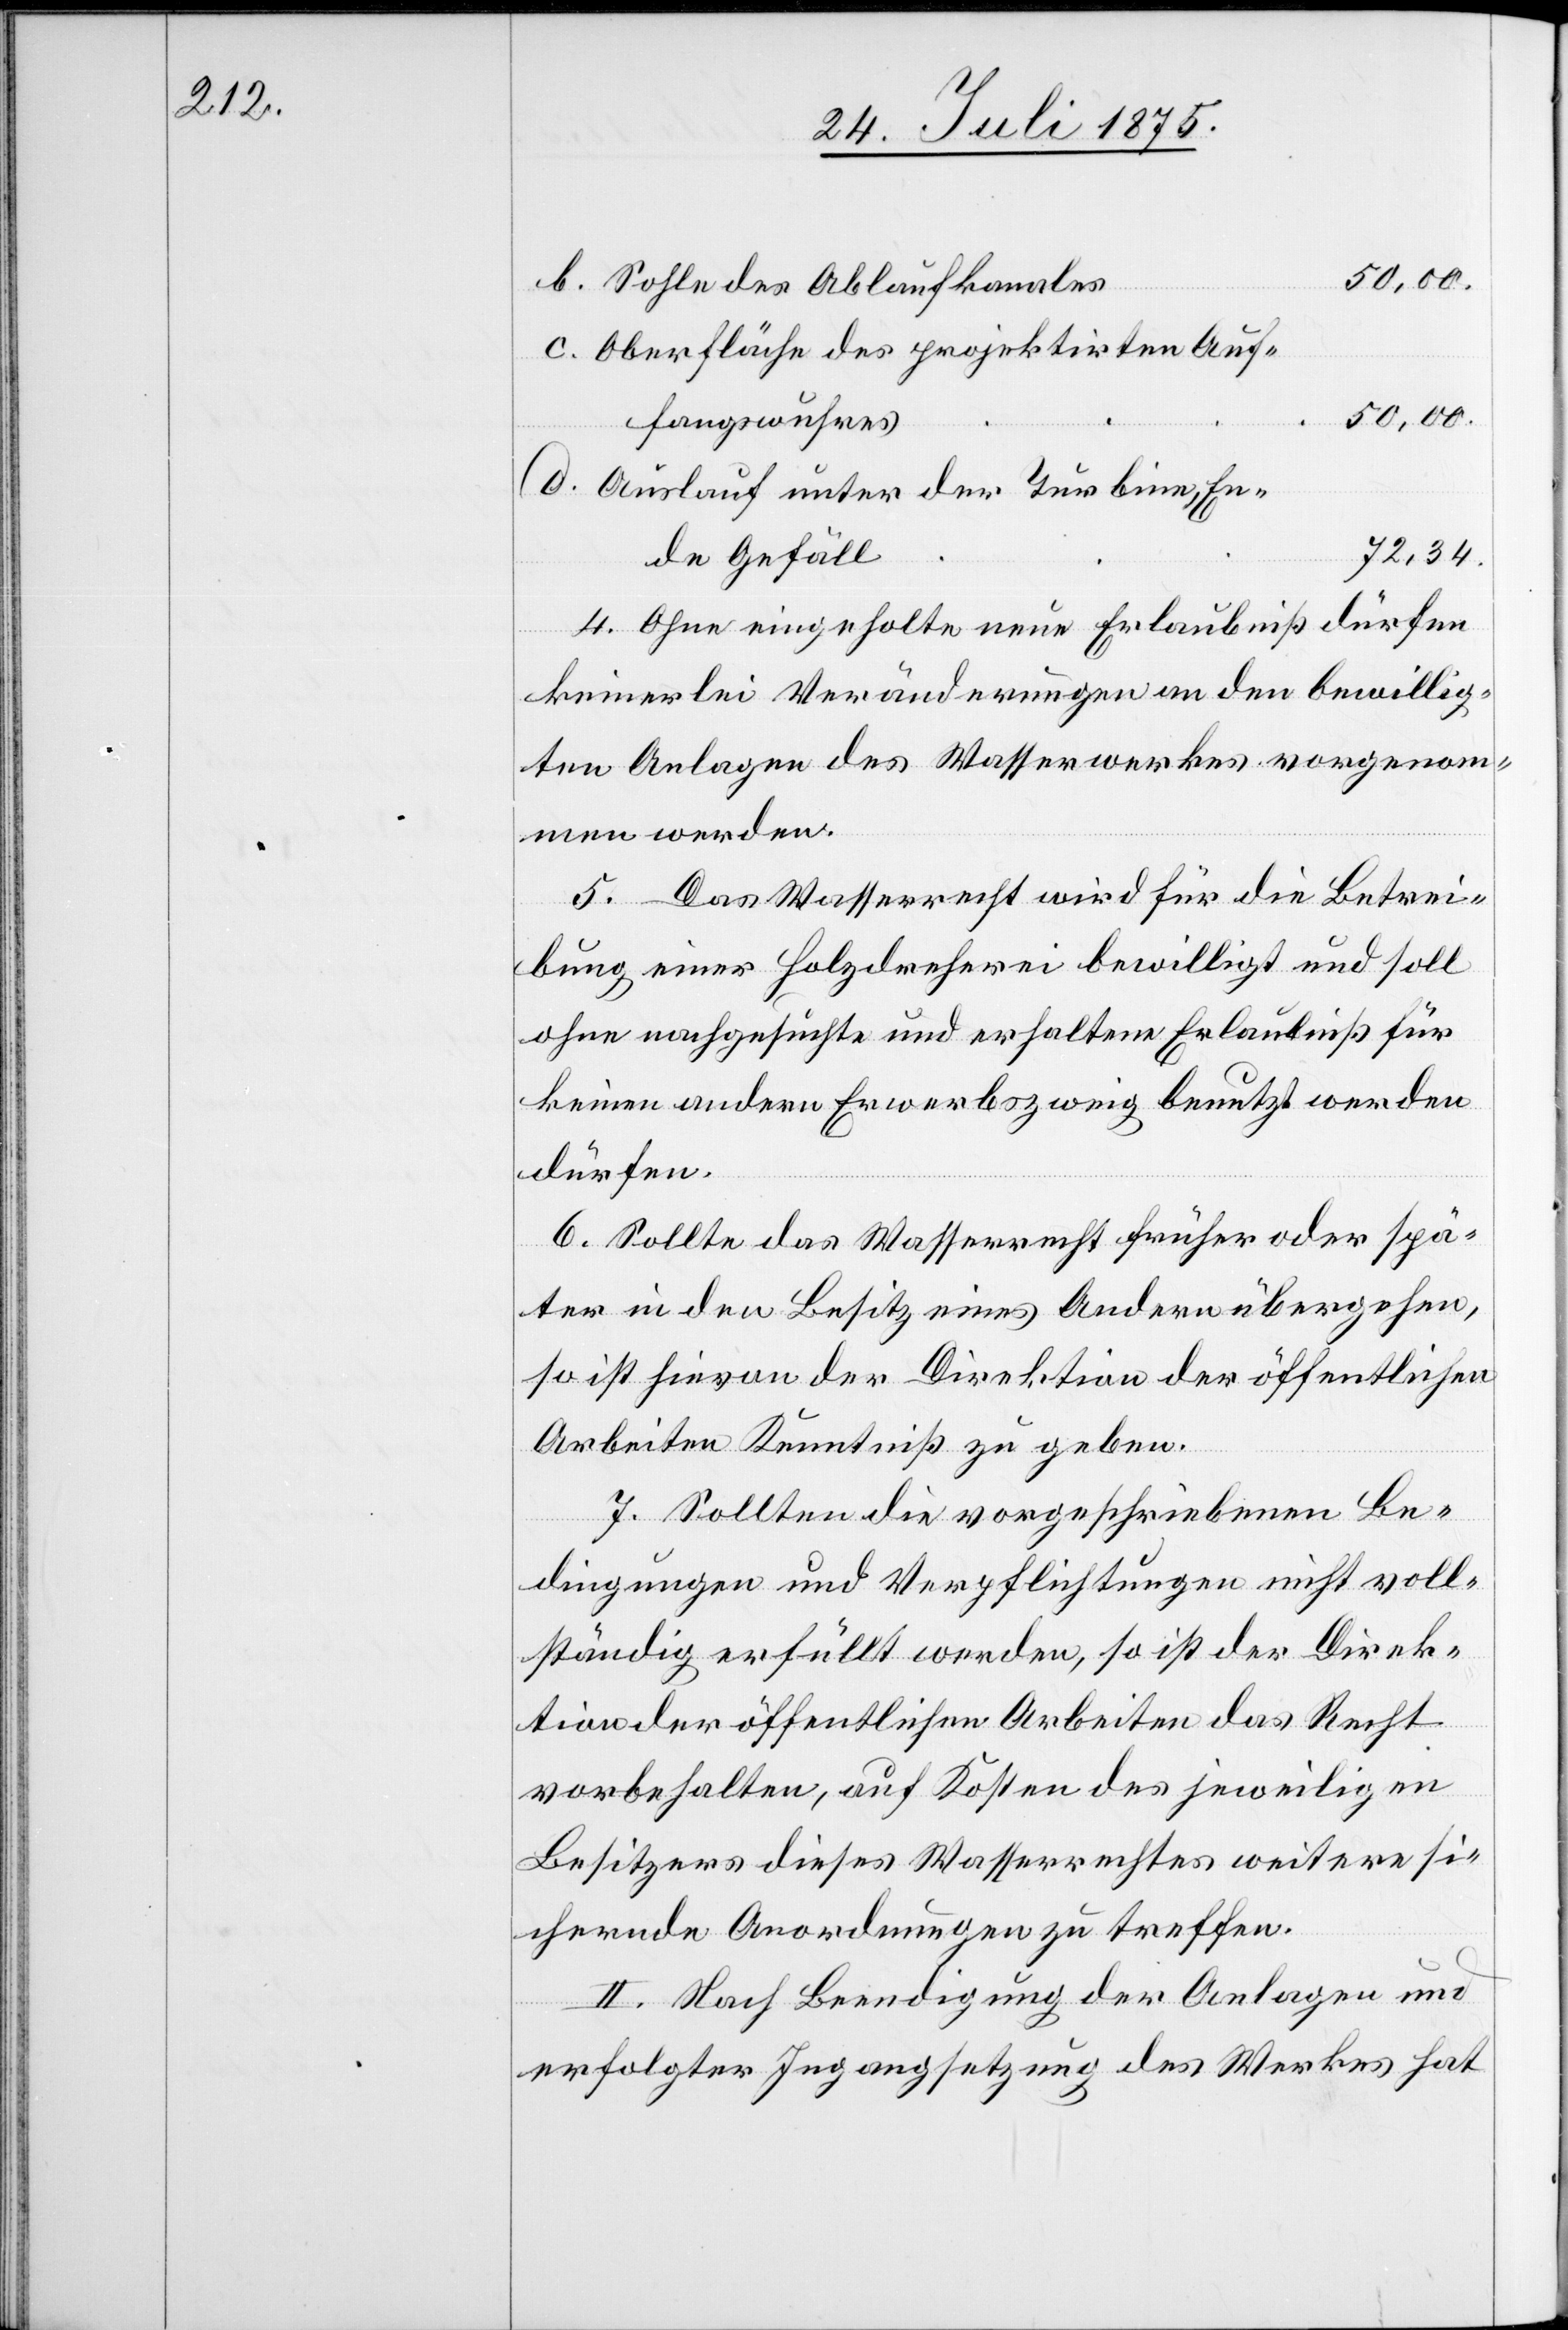
Sohle des Ablaufkanals
Oberfläche des projektirten Auf¬
50,00.
fangswuhres
Auslauf unter der Turbine, En¬
72,34.
de Gefäll
4. Ohne eingeholte neue Erlaubniß dürfen
keinerlei Veränderungen an den bewillig¬
ten Anlagen des Wasserwerkes vorgenom¬
men werden.
5. Das Wasserrecht wird für die Betrei¬
bung einer Holzdrescherei bewilligt und soll
ohne nachgesuchte und erhaltene Erlaubniß für
keinen andern Erwerbszweig benutzt werden
dürfen.
6. Sollte das Wasserrecht früher oder spä¬
ter in den Besitz eines Andern übergehen,
so ist hievon der Direktion der öffentlichen
Arbeiten Kenntniß zu geben.
7. Sollten die vorgeschriebenen Be¬
dingungen und Verpflichtungen nicht voll¬
ständig erfüllt werden, so ist der Direk¬
tion der öffentlichen Arbeiten das Recht
vorbehalten, auf Kosten des jeweiligen
Besitzers dieses Wasserrechtes weitere si¬
chernde Anordnungen zu treffen.
II. Nach Beendigung der Anlagen und
erfolgter Ingangsetzung des Werkes hat